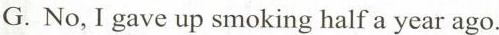
G.No, I gave up smoking half a year ago.